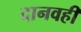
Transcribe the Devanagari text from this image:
दानवही